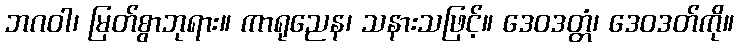
ဘဂဝါ၊ မြတ်စွာဘုရား။ ကာရုညေန၊ သနားသဖြင့်။ ဒေဝဒတ္တံ၊ ဒေဝဒတ်ကို။